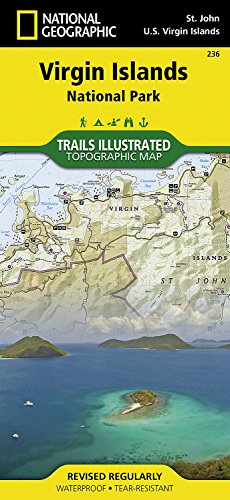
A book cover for Virgin Islands National Park (National Geographic Trails Illustrated Map); National Geographic Maps - Trails Illustrated; Travel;